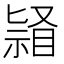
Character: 𭿌